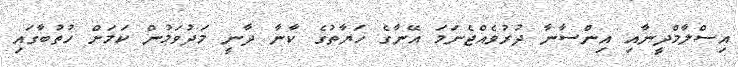
އިސްލާމްދީނާއި އިންސާނާ ދުރުވެއްޖެނަމަ އޭނާގެ ހަޔާތުގެ ކާނާ ދާނީ މަދުވަމުން ކަމަށް ހުތުބާގައި